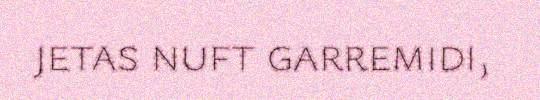
jetas nuft garremidi,